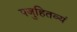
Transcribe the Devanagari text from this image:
पजुहितव्यं